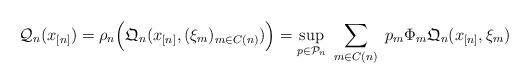
LaTeX: \begin{align*} \mathcal{Q}_n( x_{[n]} )=\rho_n \Big( \mathfrak{Q}_n( x_{[n]}, (\xi_{m})_{m \in C(n)} ) \Big)= \displaystyle \sup_{p \in \mathcal{P}_n} \; \sum_{m \in C(n)} \; p_m \Phi_m \mathfrak{Q}_n( x_{[n]}, \xi_{m})\end{align*}